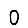
Digit: 0